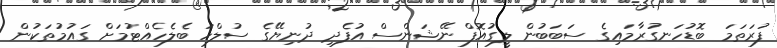
ފުރަތަމަ ބޮޑުހަނގުރާމައިގެ ސަބަބުން ލީގުއޮފް ނޭޝަންސް އުފެދި ދުނިޔޭގެ ސުލްހަ ބެލެހެއްޓުމަށް ގައުމުތަކުން